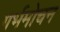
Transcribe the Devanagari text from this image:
गर्भमोचन